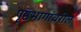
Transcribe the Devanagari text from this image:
पृष्ठभागांवरील